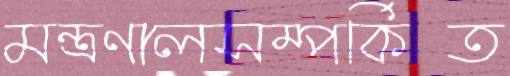
মন্ত্রণালসম্পর্কিত